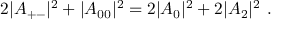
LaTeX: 2 \vert A _ { + - } \vert ^ { 2 } + \vert A _ { 0 0 } \vert ^ { 2 } = 2 \vert A _ { 0 } \vert ^ { 2 } + 2 \vert A _ { 2 } \vert ^ { 2 } \ .